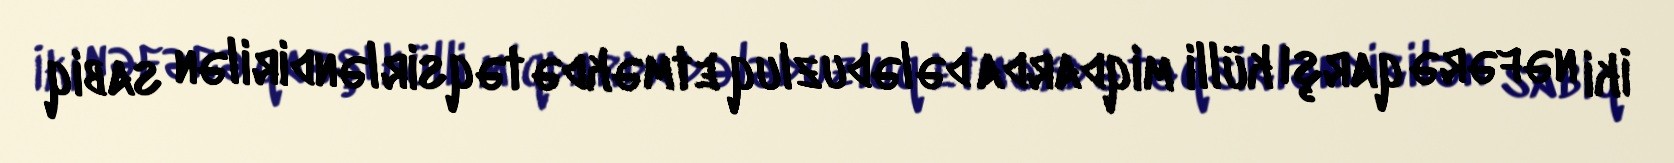
İki nəfərə qarşı külli miqdarda dələduzluq etməkdə təqsirləndirilən sabiq